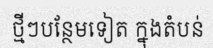
ថ្មីៗបន្ថែមទៀត ក្នុងតំបន់